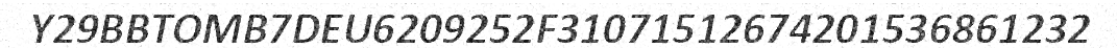
Y29BBTOMB7DEU6209252F31071512674201536861232